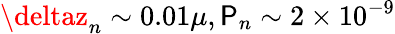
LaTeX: \deltaz_{n}\sim0.01\mu,\mathsf{P}_{n}\sim2\times10^{-9}